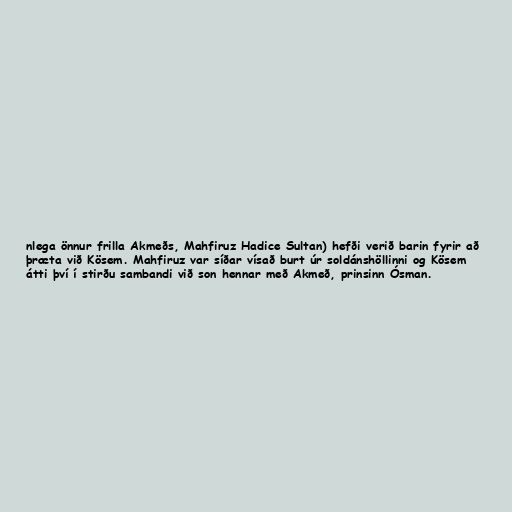
nlega önnur frilla Akmeðs, Mahfiruz Hadice Sultan) hefði verið barin fyrir að
þræta við Kösem. Mahfiruz var síðar vísað burt úr soldánshöllinni og Kösem
átti því í stirðu sambandi við son hennar með Akmeð, prinsinn Ósman.